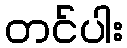
တင်ပါး